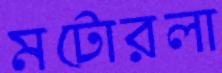
মটোরলা